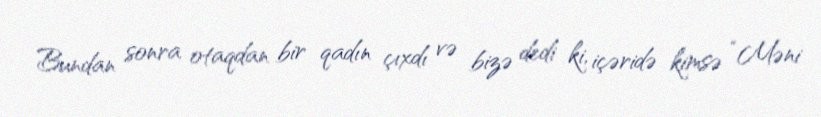
Bundan sonra otaqdan bir qadın çıxdı və bizə dedi ki, içəridə kimsə “Məni